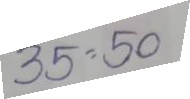
35 = 50